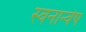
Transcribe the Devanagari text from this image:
स्वनान्वेष